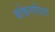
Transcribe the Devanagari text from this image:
कोकणदिवा